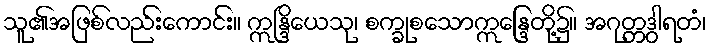
သူ၏အဖြစ်လည်းကောင်း။ ဣန္ဒြိယေသု၊ စက္ခုစသောဣန္ဒြေတို့၌။ အဂုတ္တဒွါရတံ၊